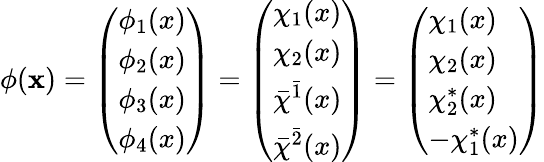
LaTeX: \phi(\mathbf{x})=\left(\begin{array}{l}{{\phi_{1}(x)}}\\ {{\phi_{2}(x)}}\\ {{\phi_{3}(x)}}\\ {{\phi_{4}(x)}}\end{array}\right)=\left(\begin{array}{l}{{\chi_{1}(x)}}\\ {{\chi_{2}(x)}}\\ {{\bar{\chi}^{\bar{1}}(x)}}\\ {{\bar{\chi}^{\bar{2}}(x)}}\end{array}\right)=\left(\begin{array}{l}{{\chi_{1}(x)}}\\ {{\chi_{2}(x)}}\\ {{\chi_{2}^{*}(x)}}\\ {{-\chi_{1}^{*}(x)}}\end{array}\right)